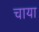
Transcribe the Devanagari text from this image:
चाया